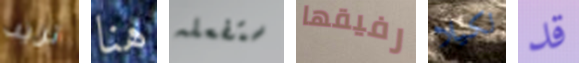
تريد هنا ستفعله رفيقها لكيلا قد